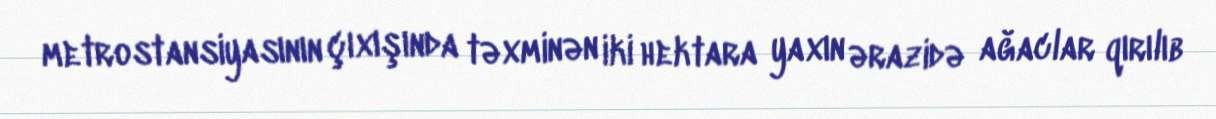
metrostansiyasının çıxışında təxminən iki hektara yaxın ərazidə ağaclar qırılıb